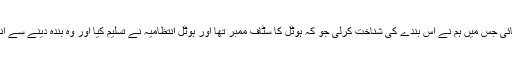
جس کے بعد پولیس آنے کے بعد انتظامیہ نے بڑی مشکل سے سی سی ٹی وی فوٹیج دکھائی جس میں ہم نے اس بندے کی شناخت کرلی جو کہ ہوٹل کا سٹاف ممبر تھا اور ہوٹل انتظامیہ نے تسلیم کیا اور وہ بندہ دینے سے انکاری ہے بعد ازاں تھانہ سیکرٹریٹ پولیس نے مقدمہ درج کرکے ملزم کو گرفتار کرلیا ۔